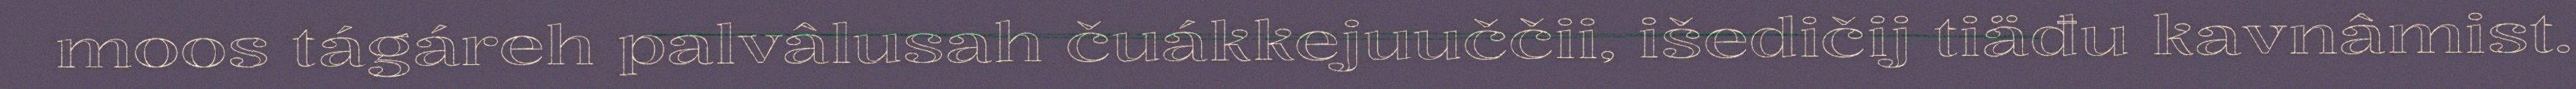
moos tágáreh palvâlusah čuákkejuuččii, išedičij tiäđu kavnâmist.